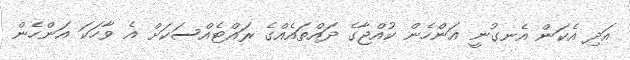
އަދި އެކަން އެނގުނީ އަންހެން ކުއްޖާގެ ދައްތައެއްގެ ރައްޓެއްސަކަށް އެ ވާހަކަ އަންހެން